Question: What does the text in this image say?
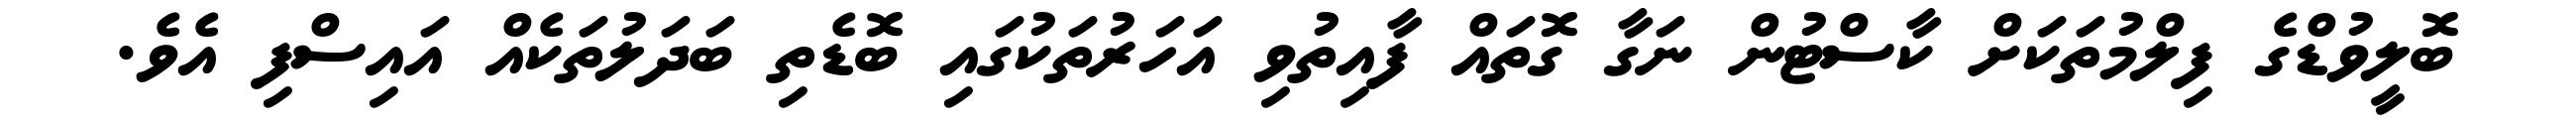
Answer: ބޮލީވުޑްގެ ފިލްމުތަކަށް ކާސްޓުން ނަގާ ގޮތައް ފާއިތުވި އަހަރުތަކުގައި ބޮޑެތި ބަދަލުތަކެއް އައިސްފި އެވެ.